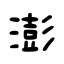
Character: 澎